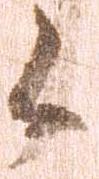
候